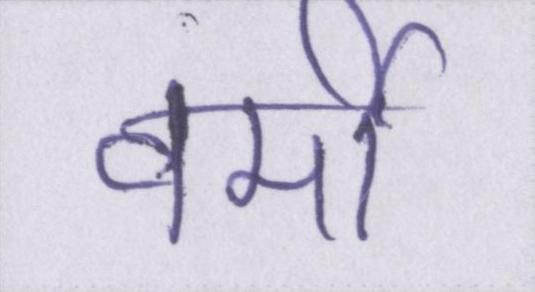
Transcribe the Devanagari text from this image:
वर्मी